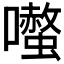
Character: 𭌤